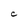
Character: C